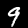
Label: 9